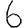
Digit: 6